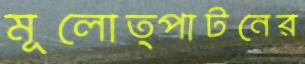
মূলোত্পাটনের